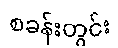
စခန်းတွင်း